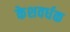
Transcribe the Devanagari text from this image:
केशवर्धक